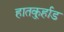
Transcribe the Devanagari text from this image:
हातकु्र्हाड